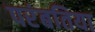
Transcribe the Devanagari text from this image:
परंबतिया